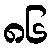
၈၆